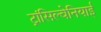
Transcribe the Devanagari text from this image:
ट्रांसिल्वेनियाई